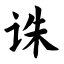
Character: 诛